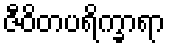
ဇီဝိတပရိက္ခာရာ